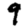
Digit: 9